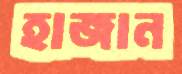
হাজান